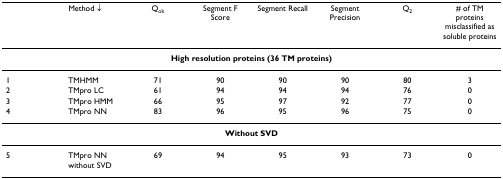
<table><thead><tr><td></td><td><b>Method ↓</b></td><td><b>Q<sub>ok</sub></b></td><td><b>Segment F Score</b></td><td><b>Segment Recall</b></td><td><b>Segment Precision</b></td><td><b>Q<sub>2</sub></b></td><td><b># of TM proteins misclassified as soluble proteins</b></td></tr></thead><tbody><tr><td colspan="8"><b>High resolution proteins (36 TM proteins)</b></td></tr><tr><td>1</td><td>TMHMM</td><td>71</td><td>90</td><td>90</td><td>90</td><td>80</td><td>3</td></tr><tr><td>2</td><td>TMpro LC</td><td>61</td><td>94</td><td>94</td><td>94</td><td>76</td><td>0</td></tr><tr><td>3</td><td>TMpro HMM</td><td>66</td><td>95</td><td>97</td><td>92</td><td>77</td><td>0</td></tr><tr><td>4</td><td>TMpro NN</td><td>83</td><td>96</td><td>95</td><td>96</td><td>75</td><td>0</td></tr><tr><td colspan="8"><b>Without SVD</b></td></tr><tr><td>5</td><td>TMpro NN without SVD</td><td>69</td><td>94</td><td>95</td><td>93</td><td>73</td><td>0</td></tr></tbody></table>